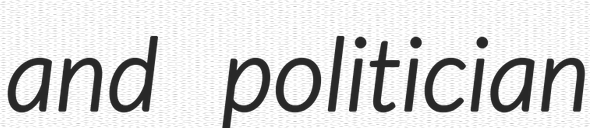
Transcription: and politician